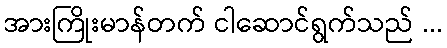
အားကြိုးမာန်တက် ငါဆောင်ရွက်သည် ...